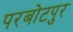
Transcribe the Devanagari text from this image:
परबोटपुर